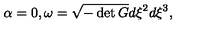
\alpha = 0 , \omega = \sqrt { - \det G } d \xi ^ { 2 } d \xi ^ { 3 } ,